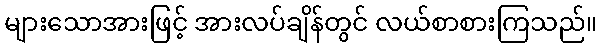
များသောအားဖြင့် အားလပ်ချိန်တွင် လယ်စာစားကြသည်။